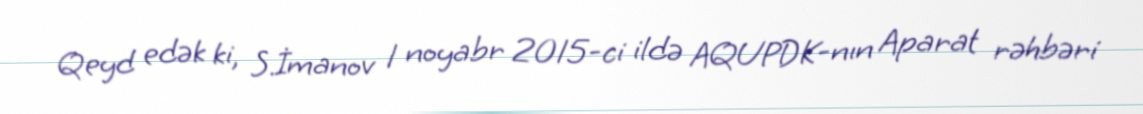
Qeyd edək ki, S.İmanov 1 noyabr 2015-ci ildə AQUPDK-nın Aparat rəhbəri